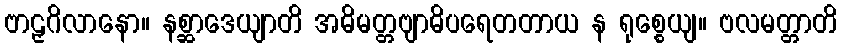
ဗာဠှဂိလာနော။ နစ္ဆာဒေယျာတိ အဓိမတ္တဗျာဓိပရေတတာယ န ရုစ္စေယျ။ ဗလမတ္တာတိ